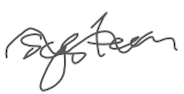
Text: system
Cross-out: wave
Writing tool: digital_gray